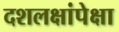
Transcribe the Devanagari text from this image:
दशलक्षांपेक्षा